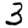
Digit: 3